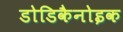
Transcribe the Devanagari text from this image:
डोडिकैनोइक